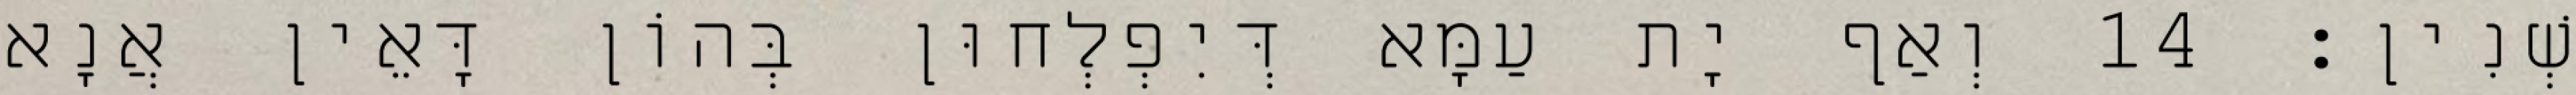
שְׁנִין׃ 14 וְאַף יָת עַמָּא דְּיִפְלְחוּן בְּהוֹן דָּאֵין אֲנָא